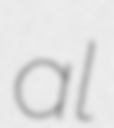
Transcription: al